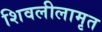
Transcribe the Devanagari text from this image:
शिवलीलामृत